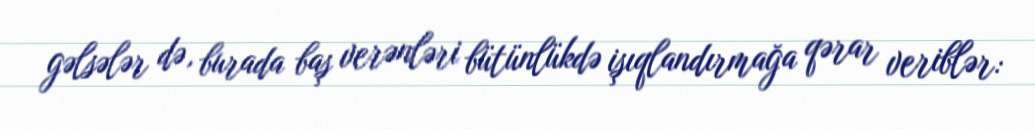
gəlsələr də, burada baş verənləri bütünlükdə işıqlandırmağa qərar veriblər: